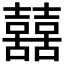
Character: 𡅕